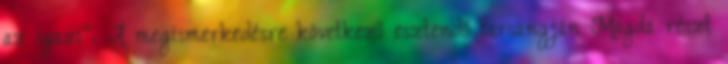
az igazi”. A megismerkedésre következő esztendő farsangján Magda részt